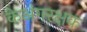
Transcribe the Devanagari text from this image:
केअंगरक्षक